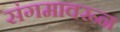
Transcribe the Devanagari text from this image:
संगमावरून